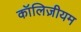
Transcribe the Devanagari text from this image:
कॉलिज़ीयम